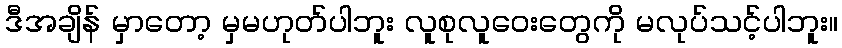
ဒီအချိန် မှာတော့ မှမဟုတ်ပါဘူး လူစုလူဝေးတွေကို မလုပ်သင့်ပါဘူး။